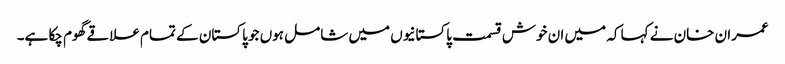
عمران خان نے کہا کہ میں ان خوش قسمت پاکستانیوں میں شامل ہوں جو پاکستان کے تمام علاقے گھوم چکا ہے۔